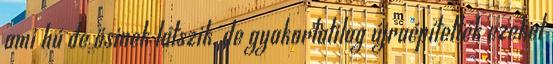
ami hú de ősinek látszik, de gyakorlatilag újraépítették ezeket